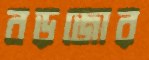
বড়জোর